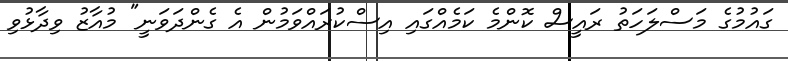
ގައުމުގެ މަސްލަހަތު ރައީސް ކޮންމެ ކަމެއްގައި އިސްކުރައްވަމުން އެ ގެންދަވަނީ" މުއާޒު ވިދާޅުވި